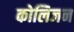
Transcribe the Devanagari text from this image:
कोलिजन